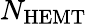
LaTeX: N_{\mathrm{HEMT}}